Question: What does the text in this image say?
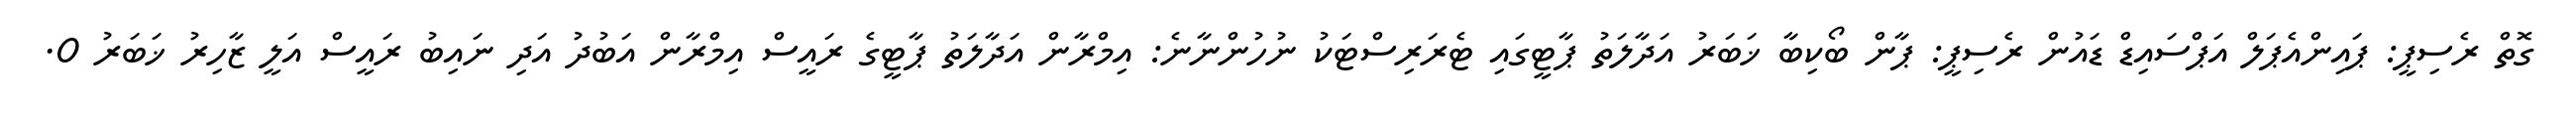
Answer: ގޮތް ރެސިޕީ: ޕައިންއެޕަލް އަޕްސައިޑް ޑައުން ރެސިޕީ: ޕާން ބޯކިބާ ޚަބަރު އަދާލަތު ޕާޓީގައި ޓެރަރިސްޓަކު ނުހުންނާނެ: އިމްރާން އަދާލަތު ޕާޓީގެ ރައީސް އިމްރާން އަބުދު އަދި ނައިބު ރައީސް އަލީ ޒާހިރު ޚަބަރު 0.